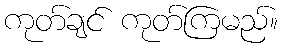
ကုတ်ချင် ကုတ်ကြမည်။